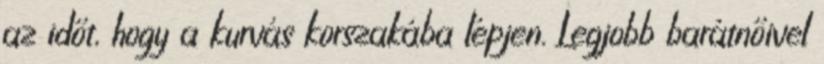
az időt, hogy a kurvás korszakába lépjen. Legjobb barátnőivel